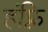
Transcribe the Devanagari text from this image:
हंफ़्रि